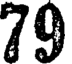
79